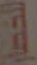
للخضار